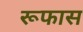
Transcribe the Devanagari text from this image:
रूफास